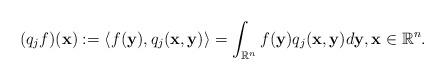
LaTeX: \begin{align*} (q_{j}f)(\mathbf{x}):=\langle f(\mathbf{y}), q_{j}(\mathbf{x},\mathbf{y})\rangle=\int_{\mathbb R^{n}} f(\mathbf{y})q_{j}(\mathbf{x},\mathbf{y})d\mathbf{y}, \mathbf{x} \in \mathbb R^{n}.\end{align*}